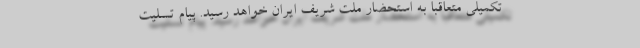
تکمیلی متعاقباً به استحضار ملّت شریف ایران خواهد رسید. پیام تسلیت